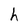
Character: h